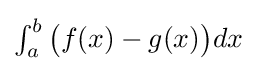
{\textstyle \int _{a}^{b}{\bigl (}f(x)-g(x){\bigr )}dx}